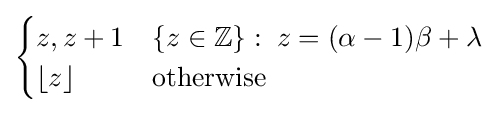
{\begin{cases}z,z+1&\{z\in \mathbb {Z} \}:\;z=(\alpha -1)\beta +\lambda \\\lfloor z\rfloor &{\textrm {otherwise}}\end{cases}}